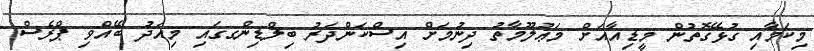
މިކަމާއި ގުޅޭގޮތުން މީޑިއާއަށް މަޢުލޫމާތު ދިނުމަށް އިސްކަންދަރު ބިލްޑިންގގައި މިއަދު ބޭއްވި ޕްރެސް